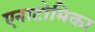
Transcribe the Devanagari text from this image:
एनाटोमिका